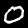
Digit: 0